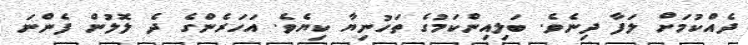
ދެއްކުމަށް ލަފާ ދިނެވެ. ބަލިއިންކަމުގެ ތަހުނިޔާ ކިޔެވެ. އަހަރެންގެ ދެ ލޮލުން ފެންނަ